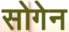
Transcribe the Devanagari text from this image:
सोगेन